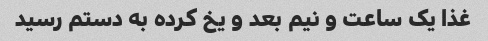
غذا یک ساعت و نیم بعد و یخ کرده به دستم رسید